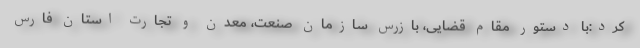
کرد:با دستور مقام قضایی، بازرس سازمان صنعت، معدن و تجارت استان فارس